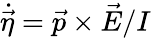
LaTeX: \dot{\vec{\eta}}=\vec{p}\times\vec{E}/I